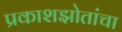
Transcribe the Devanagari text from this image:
प्रकाशझोतांचा